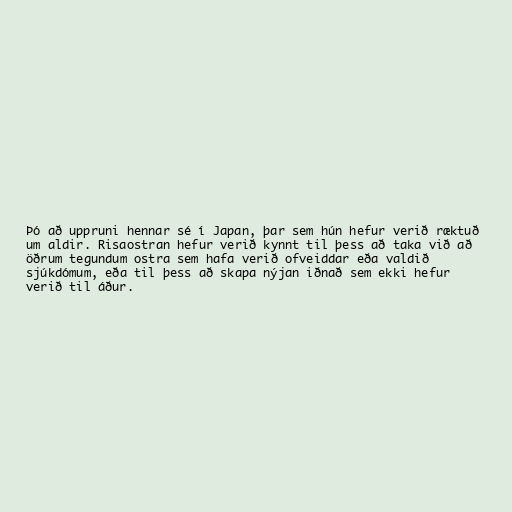
Þó að uppruni hennar sé í Japan, þar sem hún hefur verið ræktuð
um aldir. Risaostran hefur verið kynnt til þess að taka við að
öðrum tegundum ostra sem hafa verið ofveiddar eða valdið
sjúkdómum, eða til þess að skapa nýjan iðnað sem ekki hefur
verið til áður.